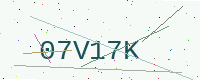
Text: 07V17K